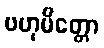
ဗဟုမိတ္တော